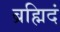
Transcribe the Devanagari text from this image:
ब्रह्मिदं